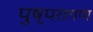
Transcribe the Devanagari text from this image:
पुष्परागण